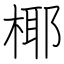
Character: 椰